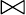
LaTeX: \bowtie